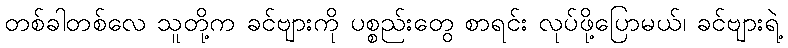
တစ်ခါတစ်လေ သူတို့က ခင်ဗျားကို ပစ္စည်းတွေ စာရင်း လုပ်ဖို့ပြောမယ်၊ ခင်ဗျားရဲ့